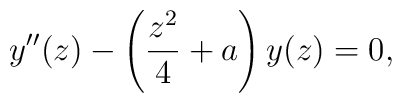
y^{\prime \prime }(z)-\left( \frac{z^{2}}{4}+a\right) y(z)=0,